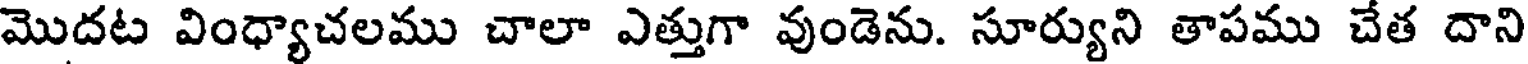
మొదట వింధ్యాచలము చాలా ఎత్తుగా వుండెను. సూర్యుని తాపము చేత దాని